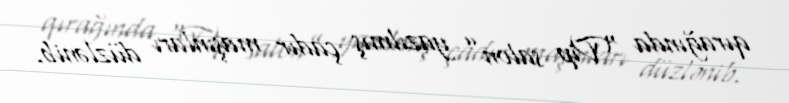
qırağında “Vip salon” yazılmış çadır maşınları düzlənib.